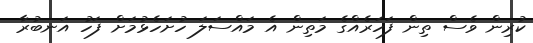
ކުރިން ވެސް ތިން ފަހަރެއްގެ މަތިން އެ މައްސަލަ ހުށަހެޅުމަށް ފަހު އަނބުރާ